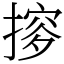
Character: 摉